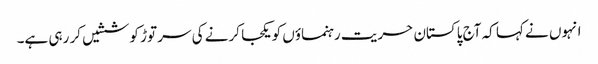
انہوں نے کہا کہ آج پاکستان حریت رہنماؤں کو یکجا کرنے کی سر توڑ کوششیں کر رہی ہے۔